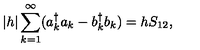
| h | \sum _ { k = 1 } ^ { \infty } ( a _ { k } ^ { \dagger } a _ { k } - b _ { k } ^ { \dagger } b _ { k } ) = h S _ { 1 2 } ,